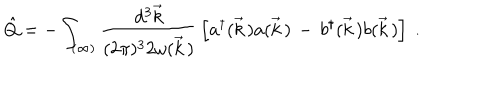
LaTeX: \hat { Q } = - \int _ { ( \infty ) } \frac { d ^ { 3 } \vec { k } } { ( 2 \pi ) ^ { 3 } 2 \omega ( \vec { k } \, ) } \, \left[ a ^ { \dagger } ( \vec { k } \, ) a ( \vec { k } \, ) \, - \, b ^ { \dagger } ( \vec { k } \, ) b ( \vec { k } \, ) \right] \ .